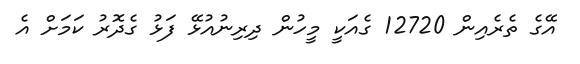
އޭގެ ތެރެއިން 12720 ގެއަކީ މީހުން ދިރިނުއުޅޭ ފަޅު ގެދޮރު ކަމަށް އެ